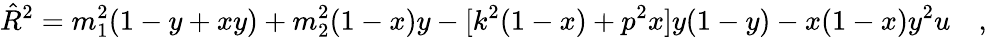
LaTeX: \hat{R}^{2}=m_{1}^{2}(1-y+xy)+m_{2}^{2}(1-x)y-[k^{2}(1-x)+p^{2}x]y(1-y)-x(1-x)y^{2}u\quad,